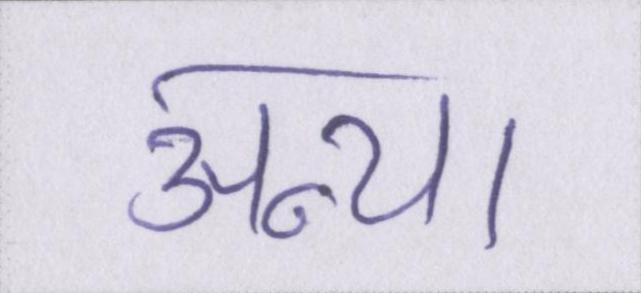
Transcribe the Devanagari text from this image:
अन्या